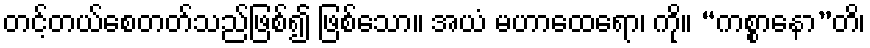
တင့်တယ်စေတတ်သည်ဖြစ်၍ ဖြစ်သော။ အယံ မဟာထေရော၊ ကို။ “ကစ္စာနော”တိ၊